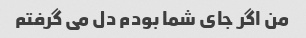
من اگر جای شما بودم دل می گرفتم